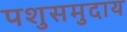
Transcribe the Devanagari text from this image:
पशुसमुदाय